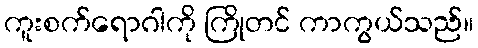
ကူးစက်ရောဂါကို ကြိုတင် ကာကွယ်သည်။